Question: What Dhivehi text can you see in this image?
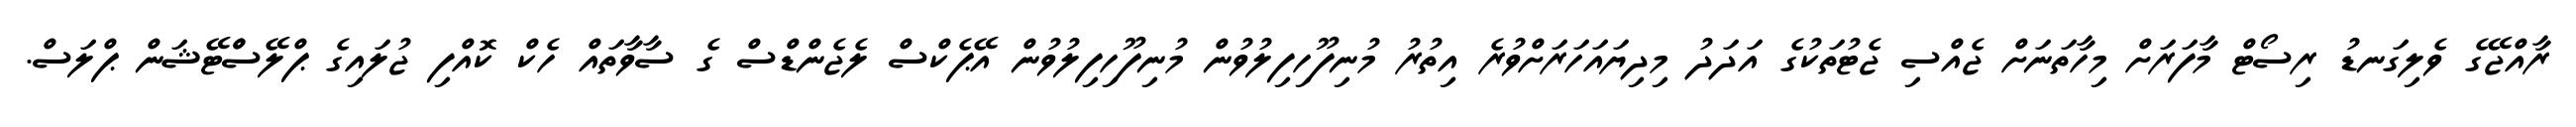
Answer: ރާއްޖޭގެ ވެލިގަނޑު ރިސޯޓް މާފަރަށް މިހާތަނަށް ޖެއްސި ޖެޓުތަކުގެ އަދަދު މިދިޔައަހަރަށްވުރެ އިތުރު މުނިފޫހިފިލުވުން މުނިފޫހިފިލުވުން އޭޕެކްސް ލެޖެންޑްސް ގެ ސާވާތައް ހެކް ކޮއްފި ޖުލައިގެ ޕްލޭސްްޓޭޝަން ޕްލަސް.